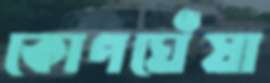
কোণঘেঁষা